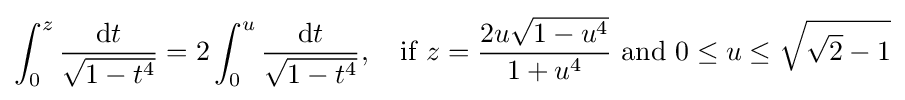
\int _{0}^{z}{\frac {\mathrm {d} t}{\sqrt {1-t^{4}}}}=2\int _{0}^{u}{\frac {\mathrm {d} t}{\sqrt {1-t^{4}}}},\quad {\text{if }}z={\frac {2u{\sqrt {1-u^{4}}}}{1+u^{4}}}{\text{ and }}0\leq u\leq {\sqrt {{\sqrt {2}}-1}}